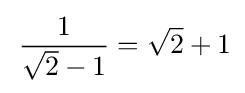
\!\ {1 \over {{\sqrt {2}}-1}}={\sqrt {2}}+1